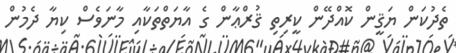
ތެދުކަން ޔަޤީން ކޮއްދޭން ކީރިތި ޤުރްޢާން ގެ އާޔަތްތަކާއި މާނަވެސް ކިޔާ ދެމުން